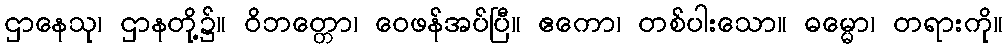
ဌာနေသု၊ ဌာနတို့၌။ ဝိဘတ္တော၊ ဝေဖန်အပ်ပြီ။ ဧကော၊ တစ်ပါးသော။ ဓမ္မော၊ တရားကို။